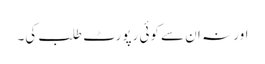
اور نہ ان سے کوئی رپورٹ طلب کی۔